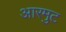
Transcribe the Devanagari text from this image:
आरमुट